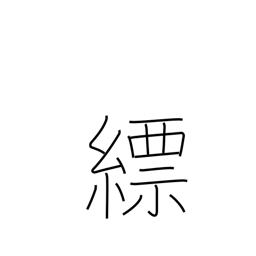
Meaning: light blue